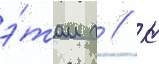
э́том г // К